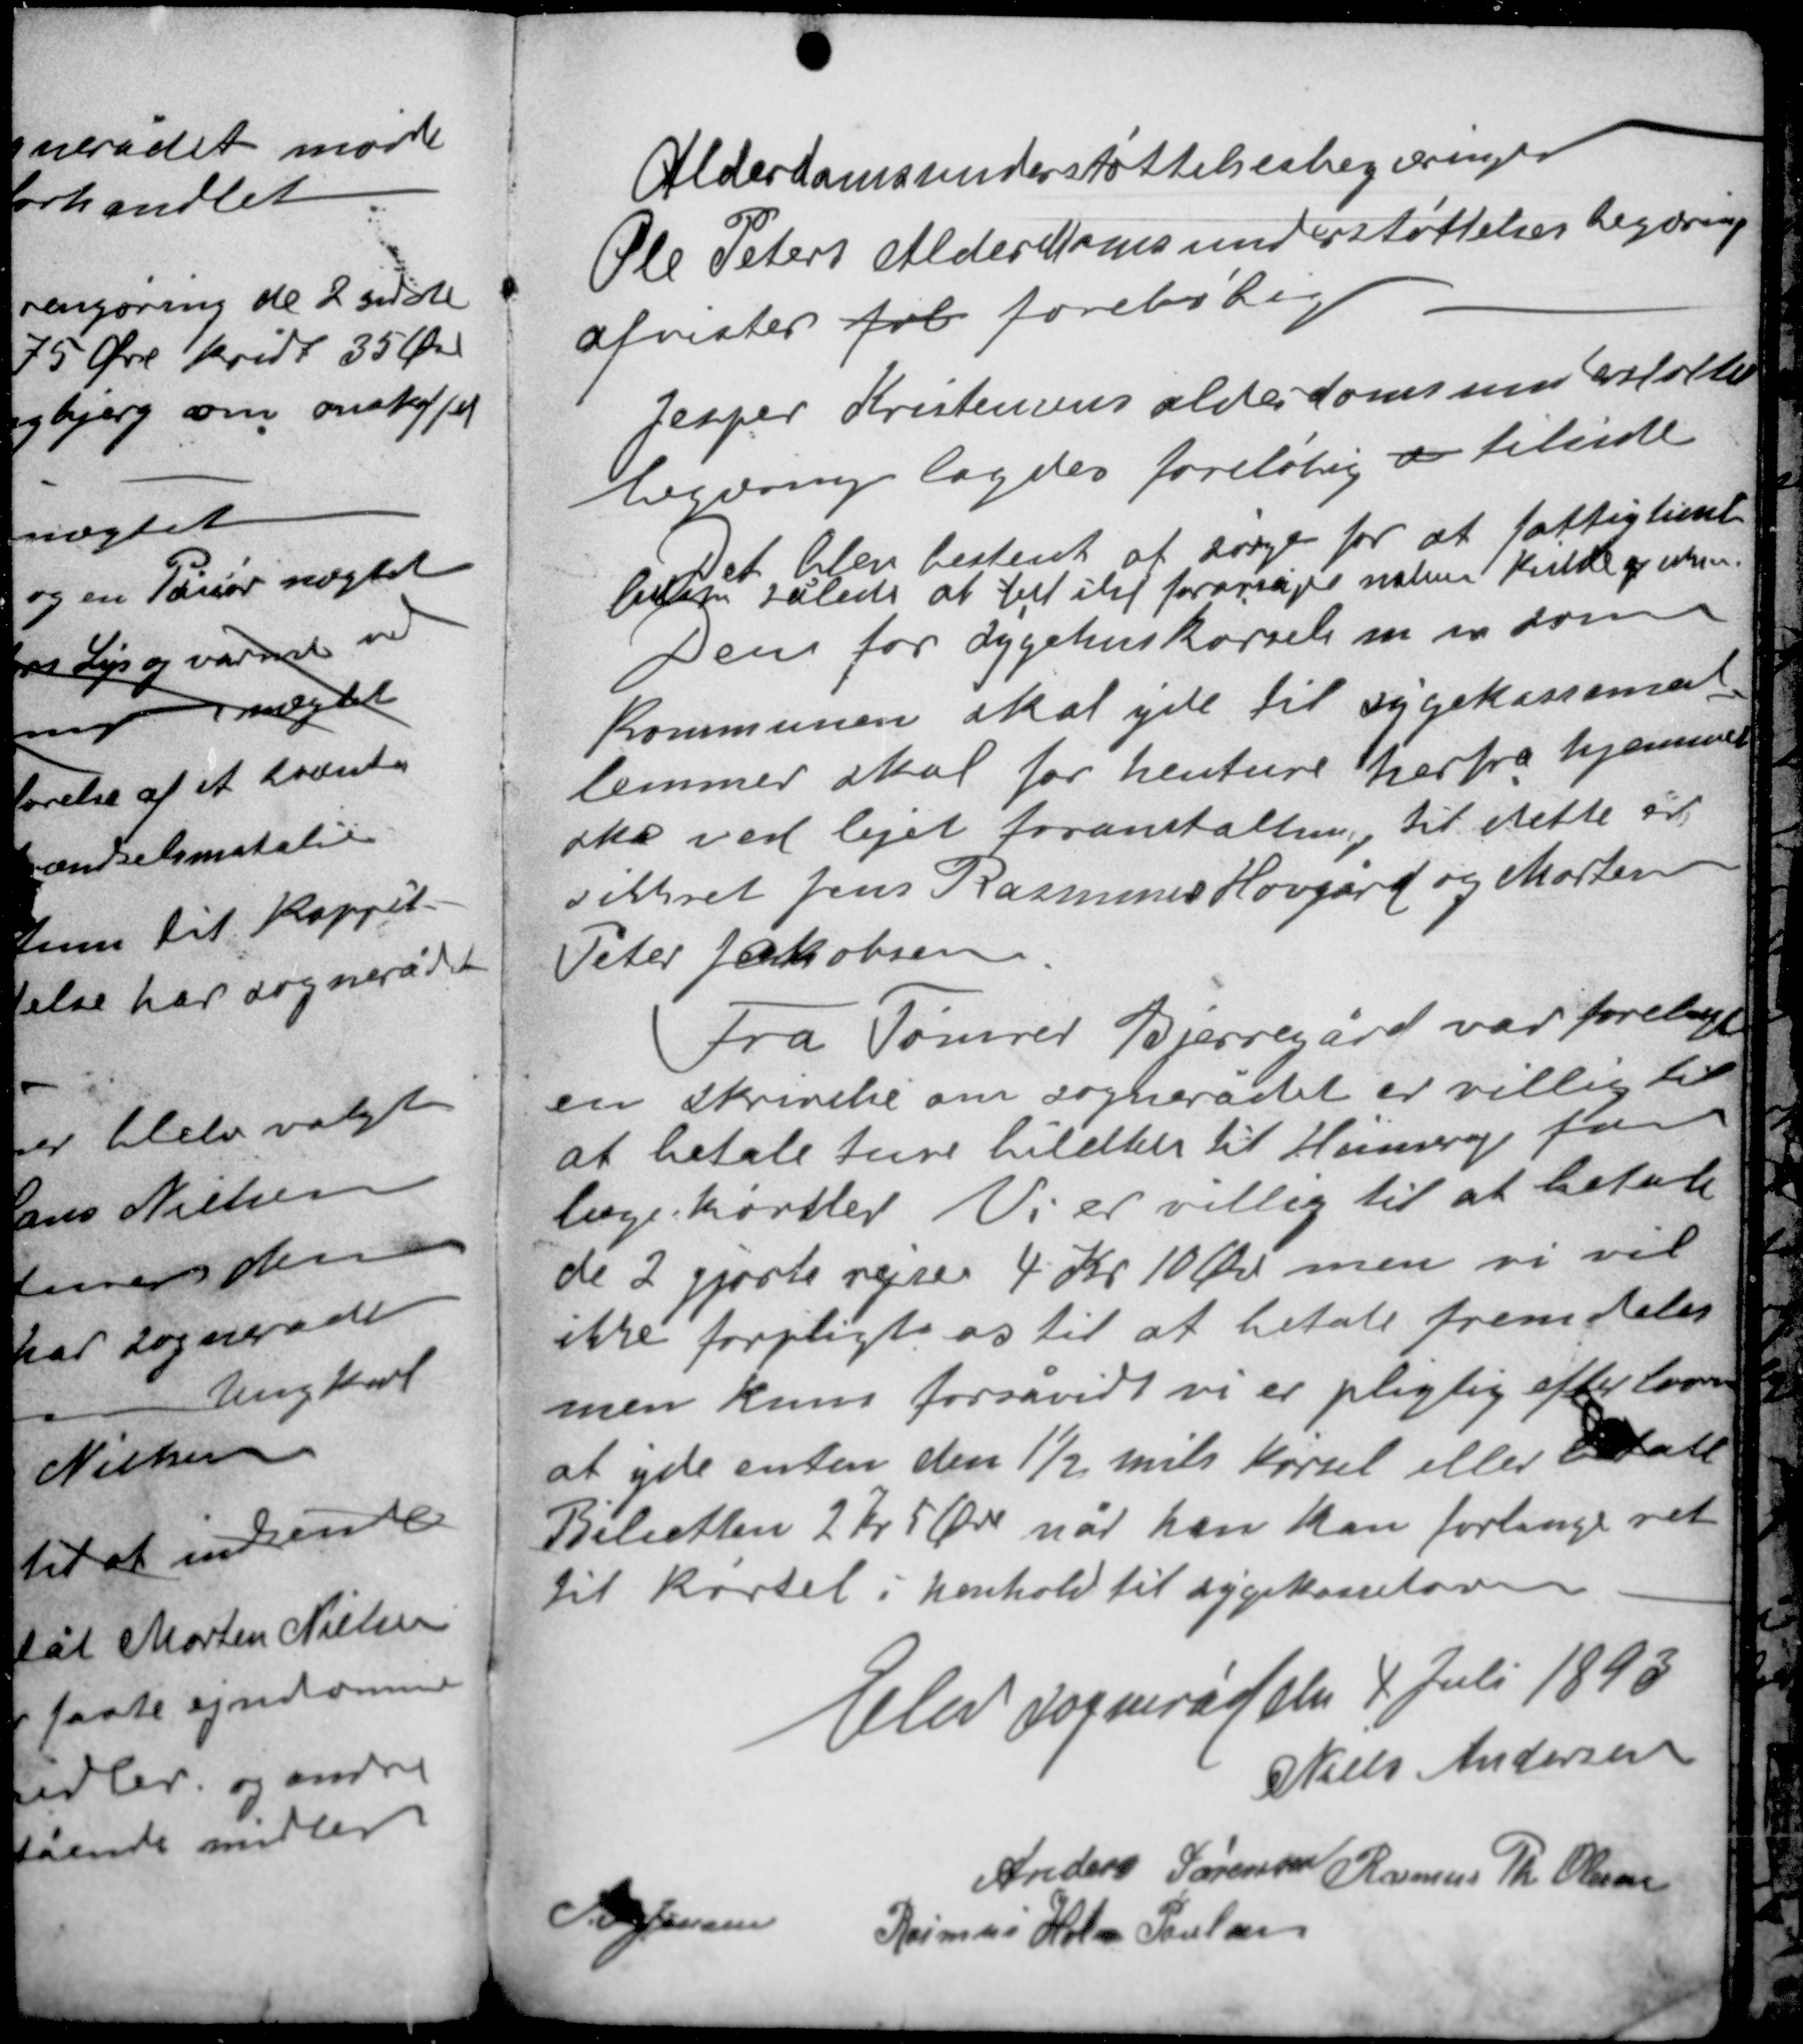
Transskription:
Alderdomsunderstøttelsesbegæring
Ole Peters Alderdomsunderstøttelsesbegæring
afvistes fol foreløbig

Jesper Kristensens alderdomsunderstøttelses-
begæring lagdes foreløbig a tilside

Det blev bestemt at sørge for at fattighuset
bliver således at til iht forårsag natur Kilde og xxx
Den for sygehuskørsels m m som
kommunen skal yde til sygekassemed-
lemmer skal for henture herfra hjemmet
ske ved lejet foranstaltning, til dette er
sikkret Jens Rasmus Hovgård og Morten
Peter Jakobsen

Fra Tømrer Bjerregård var forelagt
en skrivelse om sognerådet er villig til
at betale hans billetter Hinnerup for
læge-kørsler. Vi er villig til at betale
de 2 gjorte rejser 4 Kr 10 Øre men vi vil
ikke forpligte os til at betale fremdeles
men kuns forsåvidt vi er pligtig efter loven
at yde enten den 1½ mils kørsel eller betale
Biletten 2 Kr 5 Øre når han kan forlange ret
til kørsel i henhold til sygekasseloven.

Elev sogneråd den 4 Juli 1893
Niels Andersen
Anders Sørensen
Rasmus Th. Olesen
S. P. Jensen
Rasmus Holm Poulsen